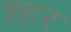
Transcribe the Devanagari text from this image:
श्हर